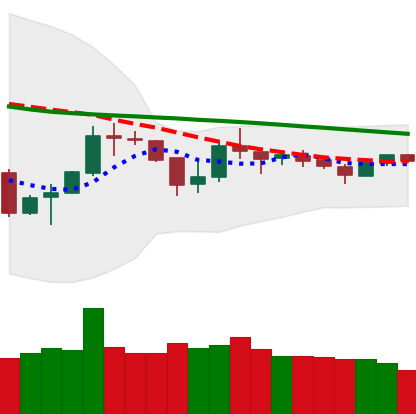
Ticker: BTC-USD
Chart end date: 2018-10-06
Forward return: -5.04%
Label: down_5_7